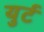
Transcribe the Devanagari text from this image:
युर्ट